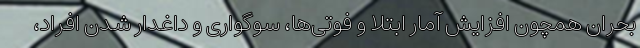
بحران همچون افزایش آمار ابتلا و فوتی‌ها، سوگواری و داغدار شدن افراد،